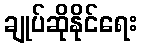
ချုပ်ဆိုနိုင်ရေး